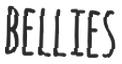
BELLIES